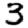
Digit: 3